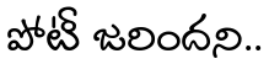
పోటీ జరిందని..